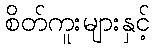
စိတ်ကူးများနှင့်